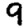
Digit: 9